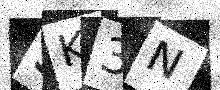
Text: 3K3N